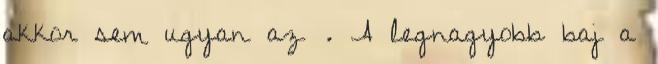
akkor sem ugyan az . A legnagyobb baj a